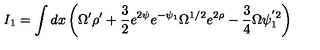
I _ { 1 } = \int d x \left( \Omega ^ { \prime } \rho ^ { \prime } + \frac { 3 } { 2 } e ^ { 2 \psi } e ^ { - \psi _ { 1 } } \Omega ^ { 1 / 2 } e ^ { 2 \rho } - \frac { 3 } { 4 } \Omega \psi _ { 1 } ^ { ' 2 } \right)